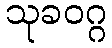
သုခဝဂ္ဂ